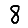
Digit: 8